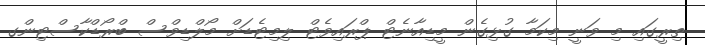
ތިރީގައި މި ވަނީ މިކަމާ ގުޅިގެން މީޑިއާނެޓް ޕްރައިވެޓް ލިމިޓެޑަށް މޯލްޑިވްސް ބްރޯޑްކާސްޓިންގ